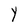
Character: Y